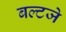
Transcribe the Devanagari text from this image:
बल्टजे